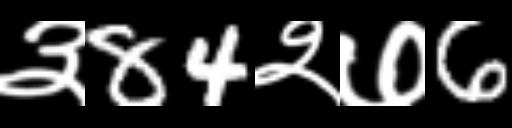
Text: ३84२७6